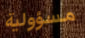
مسؤولية